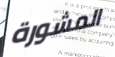
المشورة